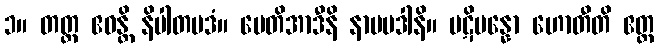
၁။ တတ္ထ ဧဝန္တိ နိပါတပဒံ။ မေတိအာဒီနိ နာမပဒါနိ။ ပဋိပန္နော ဟောတီတိ ဧတ္ထ